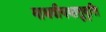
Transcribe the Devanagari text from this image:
माधवीयधातुवृत्ति